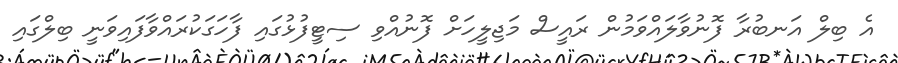
އެ ބިލް އަނބުރާ ފޮނުވާލައްވަމުން ރައީސް މަޖިލީހަށް ފޮނުއްވި ސިޓީފުޅުގައި ފާހަގަކުރައްވާފައިވަނީ ބިލްގައި